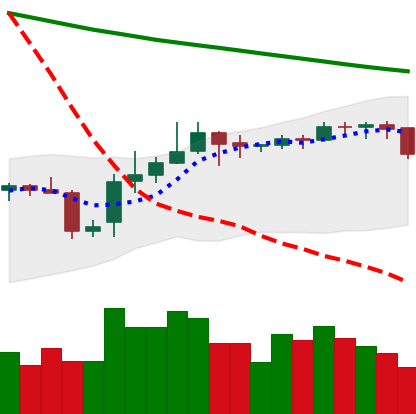
Ticker: BNB-USD
Chart end date: 2019-11-08
Forward return: 7.921%
Label: up_7plus